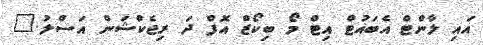
އައި ލާންޓް އެބައުޓް އިޓް މޯ ބިކޯޒް އޮފް ދަ ރިޖެކްޝަން އަސްލު."